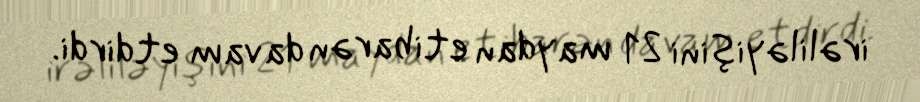
irəliləyişini 21 maydan etibarən davam etdirdi.